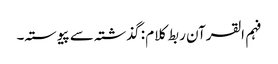
فہم القرآن ربط کلام : گذشتہ سے پیوستہ۔